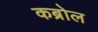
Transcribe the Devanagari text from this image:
कब्रोल